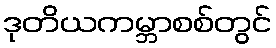
ဒုတိယကမ္ဘာစစ်တွင်